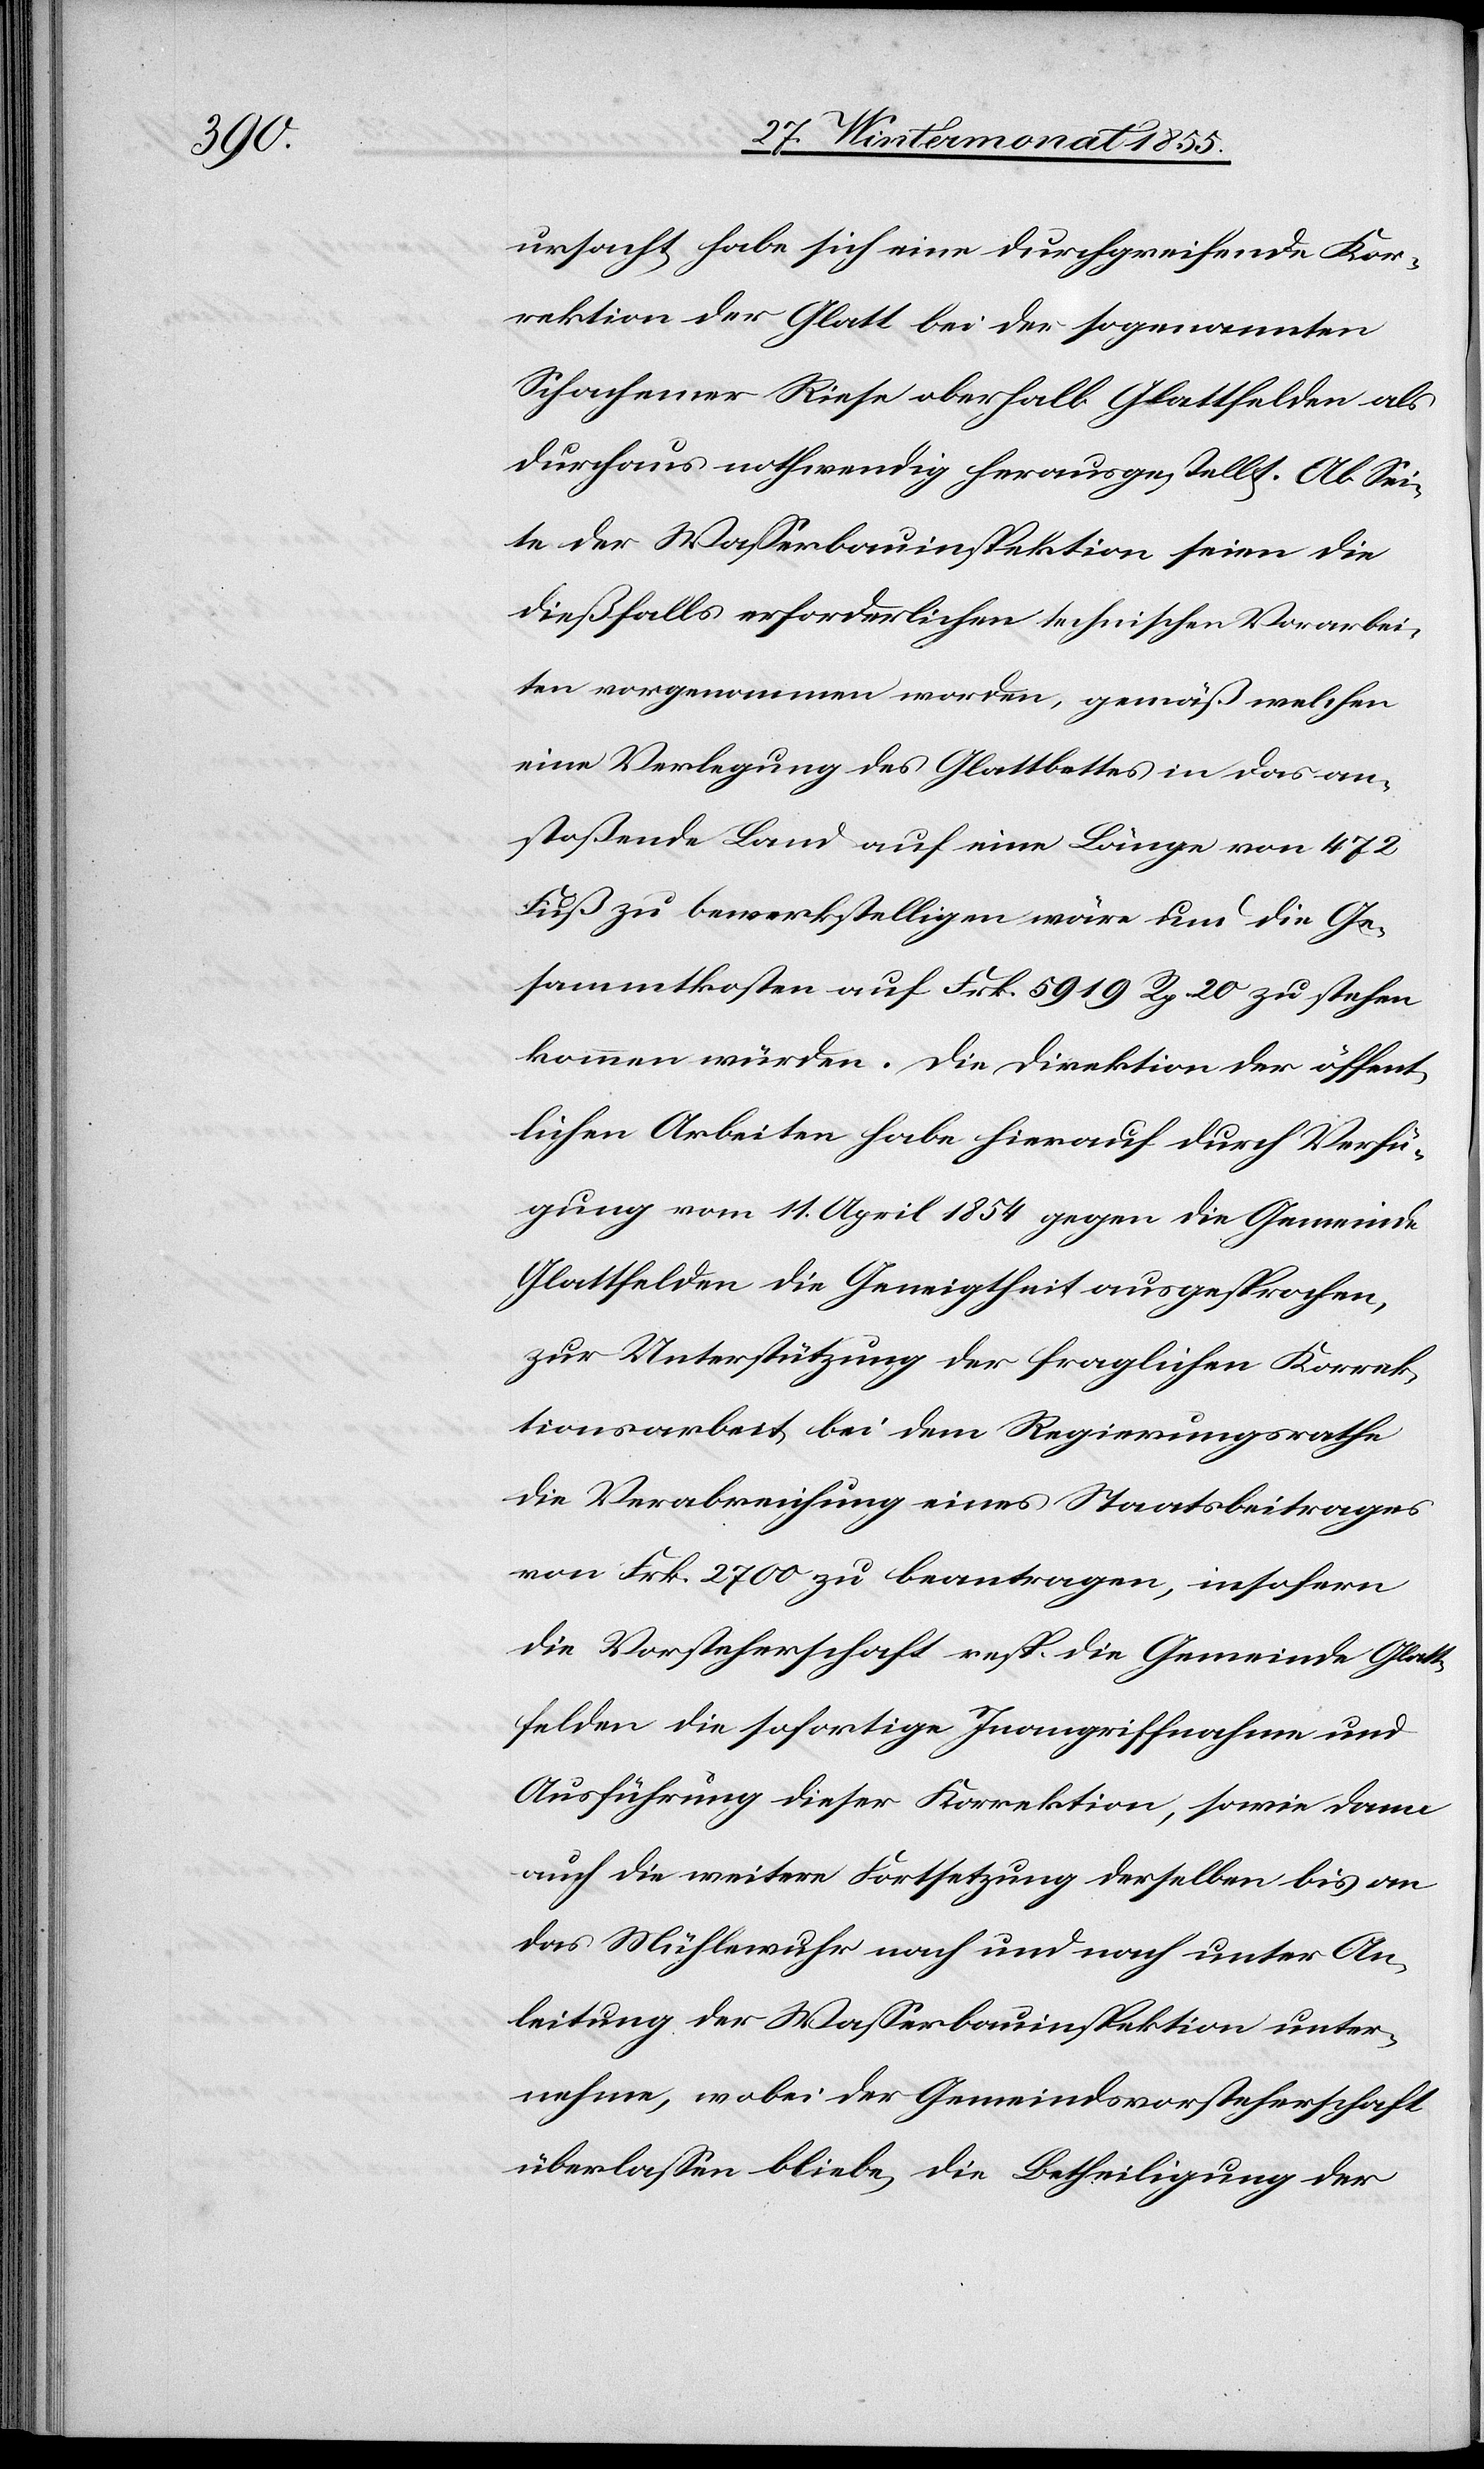
ursacht, habe sich eine durchgreifende Kor¬
rektion der Glatt bei der sogenannten
Schachemer Riese oberhalb Glattfelden als
durchaus nothwendig herausgestellt. Ab Sei¬
te der Wasserbauinspektion seien die
dießfalls erforderlichen technischen Vorarbei¬
ten vorgenommen worden, gemäß welchen
eine Verlegung des Glattbettes in das an¬
stoßende Land auf eine Länge von 472
Fuß zu bewerkstelligen wäre und die Ge¬
sammtkosten auf Frk. 5919 Rp. 20 zu stehen
kommen würden. Die Direktion der öffent¬
lichen Arbeiten habe hierauf durch Verfü¬
gung vom 11. April 1854 gegen die Gemeinde
Glattfelden die Geneigtheit ausgesprochen,
zur Unterstützung der fraglichen Korrek¬
tionsarbeit bei dem Regierungsrathe
die Verabreichung eines Staatsbeitrages
von Frk. 2700 zu beantragen, insofern
die Vorsteherschaft resp. die Gemeinde Glatt¬
felden die sofortige Inangriffnahme und
Ausführung dieser Korrektion, sowie dann
auch die weitere Fortsetzung derselben bis an
das Mühlewuhr nach und nach unter An¬
leitung der Wasserbauinspektion unter¬
nehme, wobei der Gemeindsvorsteherschaft
überlassen bliebe, die Betheiligung der